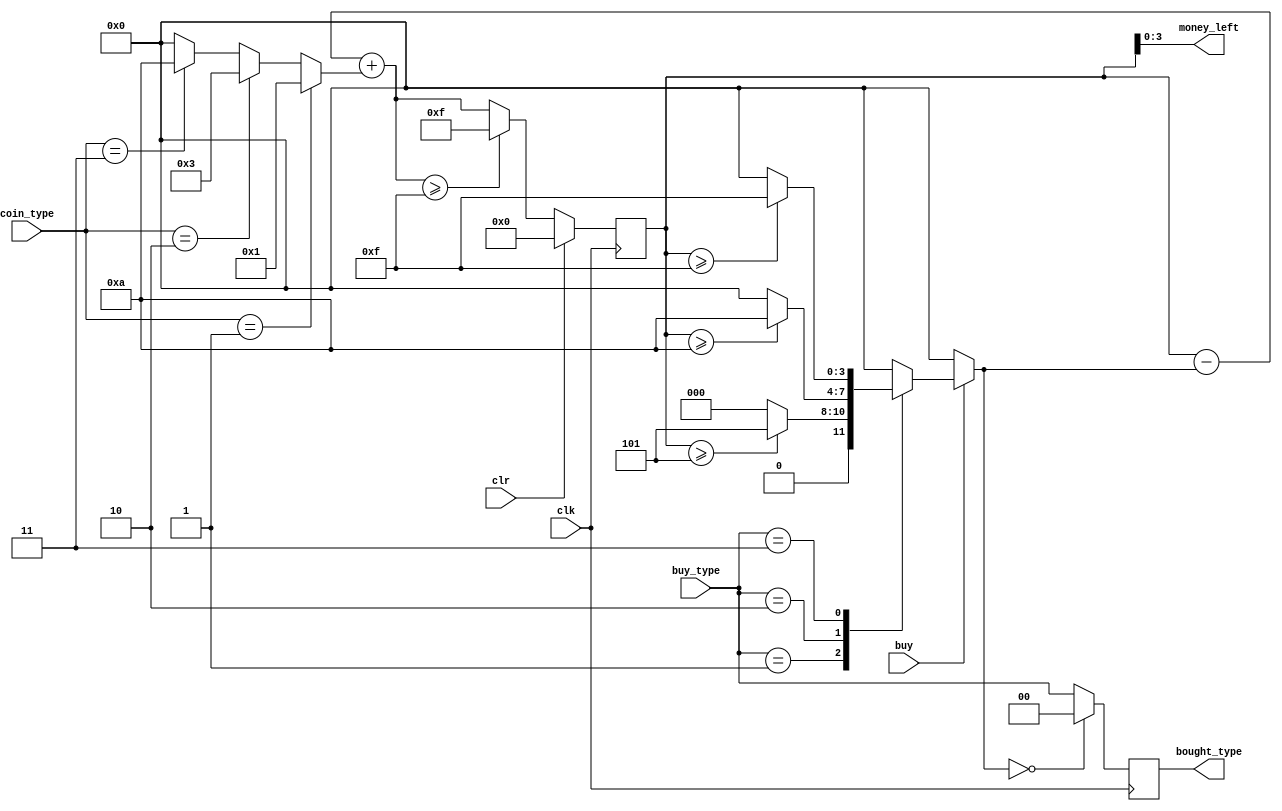
module CoinCntr (
    input clk,
    input clr,
    input buy,
    input [1:0] buy_type,
    input [1:0] coin_type,
    output [3:0] money_left,
    output reg [1:0] bought_type
);

reg [4:0] money_cntr;

reg [3:0] buy_cost;
reg [3:0] coin_value;
reg [4:0] money_next_intended;
reg [4:0] money_next;

reg [1:0] to_buy;

initial begin
    // give the register the initial value `0`
    money_cntr <= 5'b0;
end

// --- Modify the codes below
// add wires, reg, always if needed

always@(buy, buy_type, money_cntr) begin
    // give `buy_cost` a default value,
    buy_cost = 4'b0000;
    if (buy) begin
//        if (money_cntr >= 4'b1010) begin
//            // ... and deal with the only special case
//            buy_cost = 4'b1010;
//        end
        case (buy_type)
            2'b01: buy_cost = (money_cntr >= 5) ? 5 : 0;
            2'b10: buy_cost = (money_cntr >= 10) ? 10 : 0;
            2'b11: buy_cost = (money_cntr >= 15) ? 15 : 0;
            default: buy_cost = 0;
        endcase
    end
    to_buy = (buy_cost == 0) ? 0 : buy_type;
end

// --- Modify the codes above

always@(coin_type) begin
    if (coin_type == 2'b01) begin
        coin_value = 4'b0001;
    end else if (coin_type == 2'b10) begin
        coin_value = 4'b0011;
    end else if (coin_type == 2'b11) begin
        coin_value = 4'b1010;
    end else begin
        coin_value = 4'b0000;
    end
end

always@(coin_value, buy_cost, money_cntr) begin
    money_next_intended = money_cntr - buy_cost + coin_value;
end

always@(money_next_intended) begin
    if (money_next_intended >= 4'b1111) begin
        money_next = 4'b1111;
    end else begin
        money_next = money_next_intended;
    end
end

always@(posedge clk) begin
    if (clr) begin
        money_cntr <= 5'b0;
    end else begin
        money_cntr <= money_next;
    end
    bought_type = to_buy;
end

assign money_left = money_cntr[3:0];

endmodule